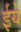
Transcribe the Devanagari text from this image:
ईये